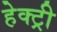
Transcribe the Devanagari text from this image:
हेक्ट्री